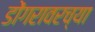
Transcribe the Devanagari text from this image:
डोंगरावरच्या